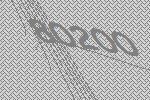
80200